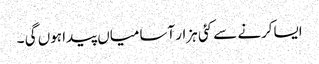
ایساکرنے سے کئی ہزار آسامیاں پیدا ہوں گی ۔